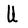
Character: U